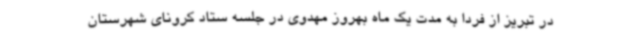
در تبریز از فردا به مدت یک ماه بهروز مهدوی در جلسه ستاد کرونای شهرستان